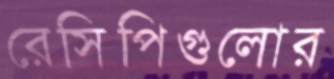
রেসিপিগুলোর